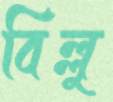
বিল্লু